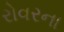
રોવરના